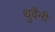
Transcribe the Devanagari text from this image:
थुवैनी